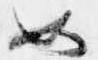
如